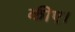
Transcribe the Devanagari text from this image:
कीए।